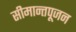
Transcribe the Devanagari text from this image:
सीमान्तपूजन